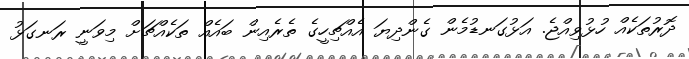
ދޮރުތަކެއް ހުޅުވިއްޖެ. އަޅުގަނޑުމެން ގެންދިޔަ އެއްޗިހީގެ ތެރެއިން ބައެއް ތަކެއްޗަށް މިވަނީ ރަނގަޅު